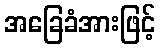
အခြေခံအားဖြင့်